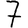
Digit: 7